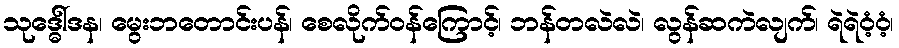
သုဒ္ဓေါ်ဒန၊ မွေးဘတောင်းပန်၊ စေလိုက်ဝန်ကြောင့်၊ ဘန်တလဲလဲ၊ လွန်ဆကဲလျက်၊ ရဲရဲဝံ့ဝံ့၊